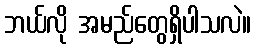
ဘယ်လို အမည်တွေရှိပါသလဲ။